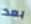
بعد